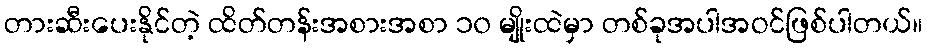
တားဆီးပေးနိုင်တဲ့ ထိတ်တန်းအစားအစာ ၁၀ မျိုးထဲမှာ တစ်ခုအပါအဝင်ဖြစ်ပါတယ်။